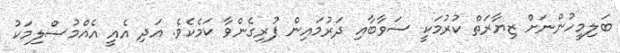
ބަލިމީހުންނަށް ޒިޔާރަތް ކުރުމަކީ ސަވާބާއި ދަރުމައިން ފުރިގެންވާ ކަމެކެވެ. އަދި އެއީ އެއްމުސްލިމަކު